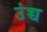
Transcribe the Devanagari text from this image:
उंच्च